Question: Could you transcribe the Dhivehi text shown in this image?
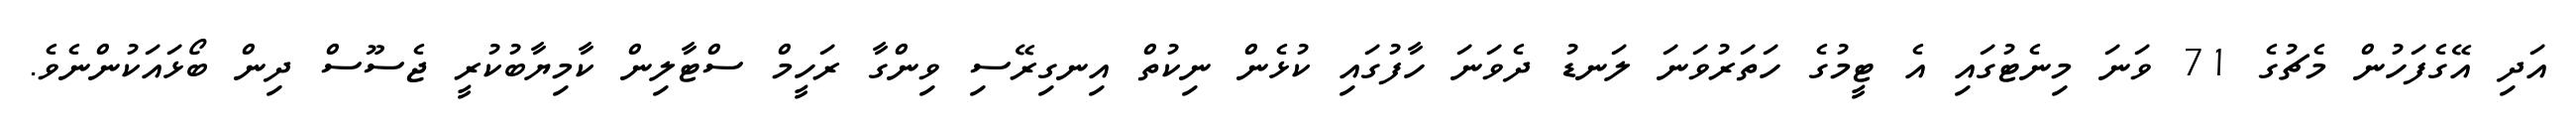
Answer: އަދި އޭގެފަހުން މެޗުގެ 71 ވަނަ މިނެޓުގައި އެ ޓީމުގެ ހަތަރުވަނަ ލަނޑު ދެވަނަ ހާފުގައި ކުޅެން ނިކުތް އިނގިރޭސި ވިންގާ ރަހީމް ސްޓާލިން ކާމިޔާބުކުރީ ޖެސޫސް ދިން ބޯޅައަކުންނެވެ.